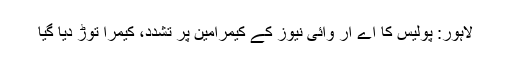
لاہور: پولیس کا اے آر وائی نیوز کے کیمرامین پر تشدد، کیمرا توڑ دیا گیا